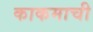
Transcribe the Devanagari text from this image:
काकमाची